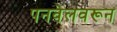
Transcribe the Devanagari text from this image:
पनवेलवरून